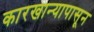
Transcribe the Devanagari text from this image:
कारखान्यापासून